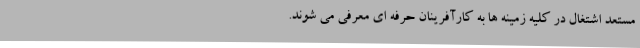
مستعد اشتغال در کلیه زمینه ها به کارآفرینان حرفه ای معرفی می شوند.